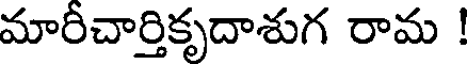
మారీచార్తికృదాశుగ రామ !